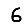
Digit: 6